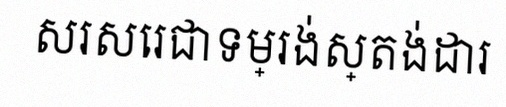
សរសេរជាទម្រង់ស្តង់ដារ